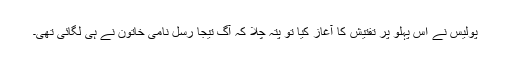
پولیس نے اس پہلو پر تفتیش کا آغاز کیا تو پتہ چلا کہ آگ تیجا رسل نامی خاتون نے ہی لگائی تھی۔